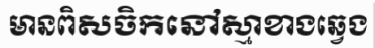
មានពិសចិកនៅស្មាខាងឆ្វេង